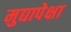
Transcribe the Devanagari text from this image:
मुद्यापेक्षा